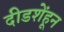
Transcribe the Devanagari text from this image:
दीडशेंहून